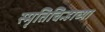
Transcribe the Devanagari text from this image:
स्मृतिचिन्हाच्या